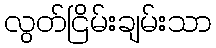
လွတ်ငြိမ်းချမ်းသာ